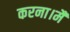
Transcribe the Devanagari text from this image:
करना।मैं